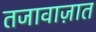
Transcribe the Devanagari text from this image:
तजावाज़ात